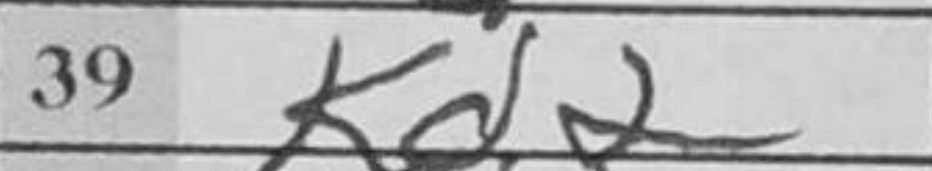
Transcription: Kd2